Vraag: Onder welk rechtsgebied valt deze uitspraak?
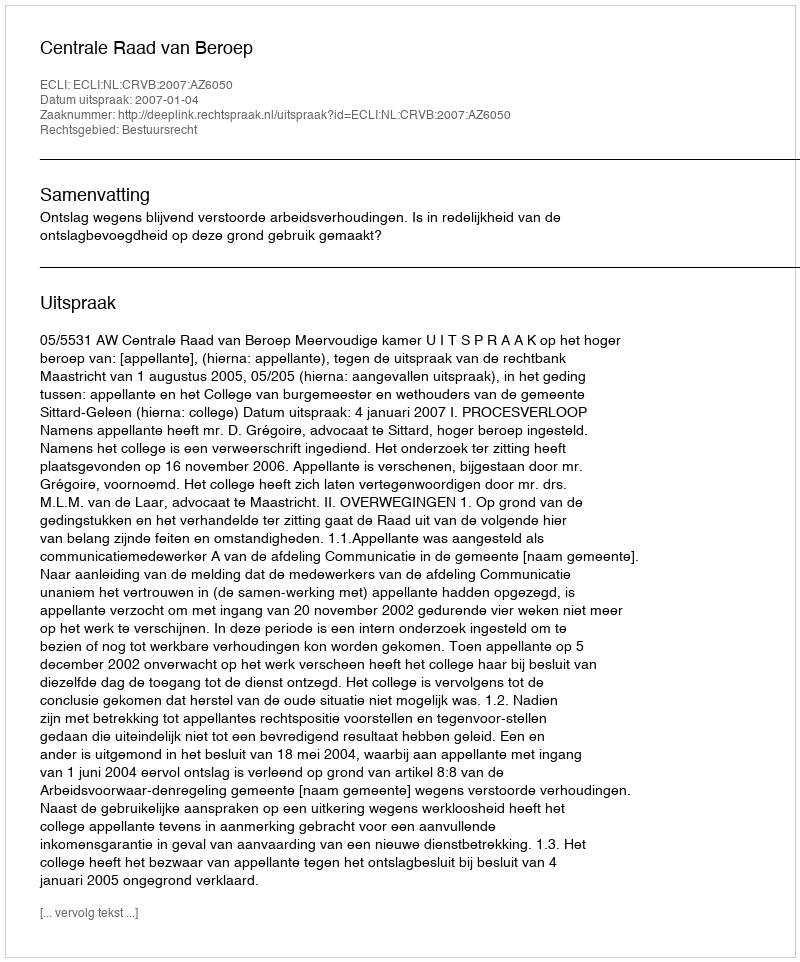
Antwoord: Bestuursrecht